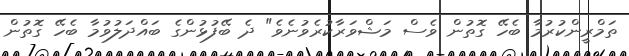
ތަމްރީންކުރުމާ ބެހޭ ގޮތުން ވެސް މަޝްވަރާކުރެވުނެވެ" ދެ ބޭފުޅުންގެ ބައްދަލުވުމާ ބެހޭ ގޮތުން